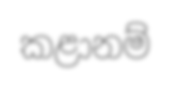
කළානම්